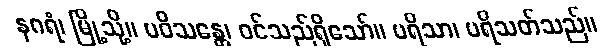
နဂရံ၊ မြို့သို့။ ပဝိသန္တေ၊ ဝင်သည်ရှိသော်။ ပရိသာ၊ ပရိသတ်သည်။